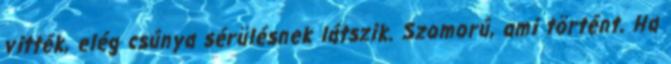
vitték, elég csúnya sérülésnek látszik. Szomorú, ami történt. Ha